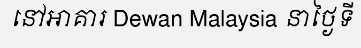
នៅអាគារ Dewan Malaysia នាថ្ងៃទី